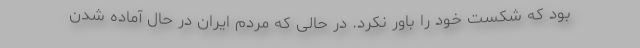
بود که شکست خود را باور نکرد. در حالی که مردم ایران در حال آماده شدن